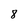
Character: 8